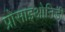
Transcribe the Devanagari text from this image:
प्रोसाइओनिडी